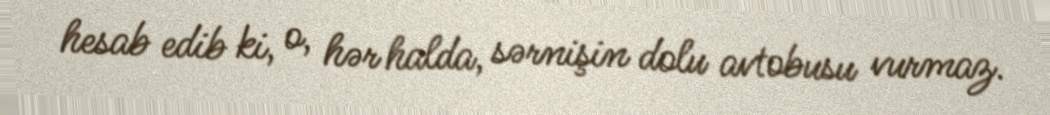
hesab edib ki, o, hər halda, sərnişin dolu avtobusu vurmaz.